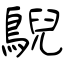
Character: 鶃